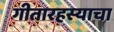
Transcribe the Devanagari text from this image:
गीतारहस्याचा